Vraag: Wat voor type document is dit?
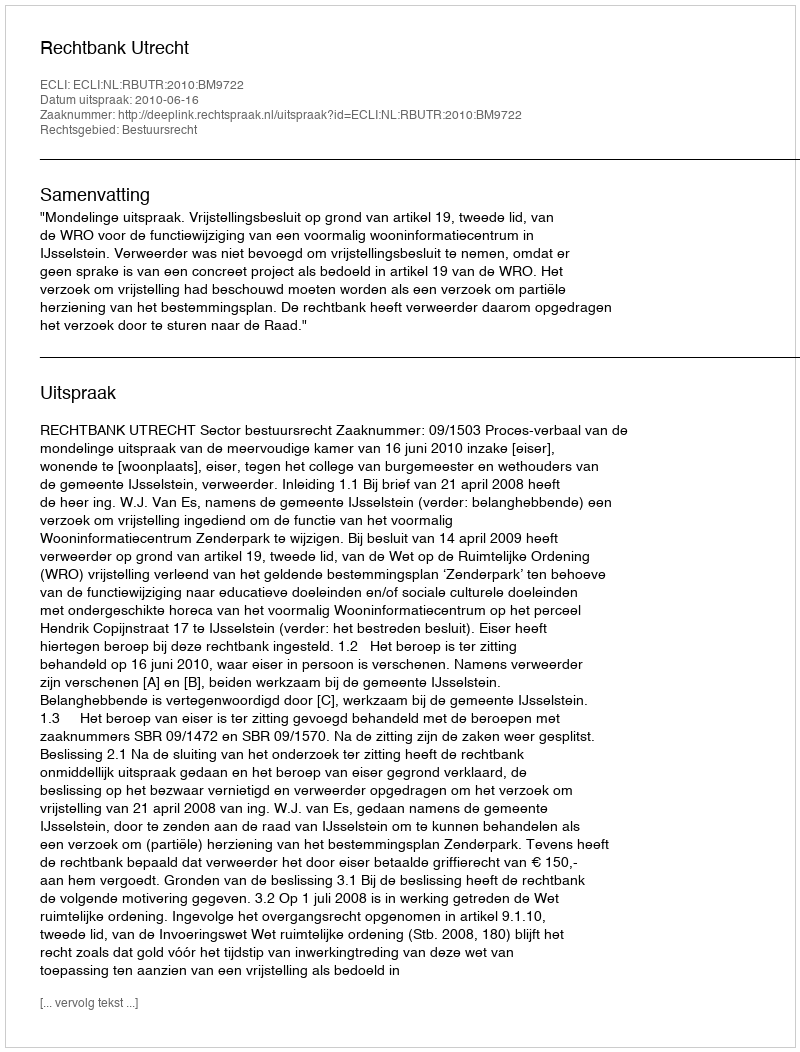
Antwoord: Uitspraak